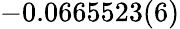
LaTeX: -0.0665523(6)